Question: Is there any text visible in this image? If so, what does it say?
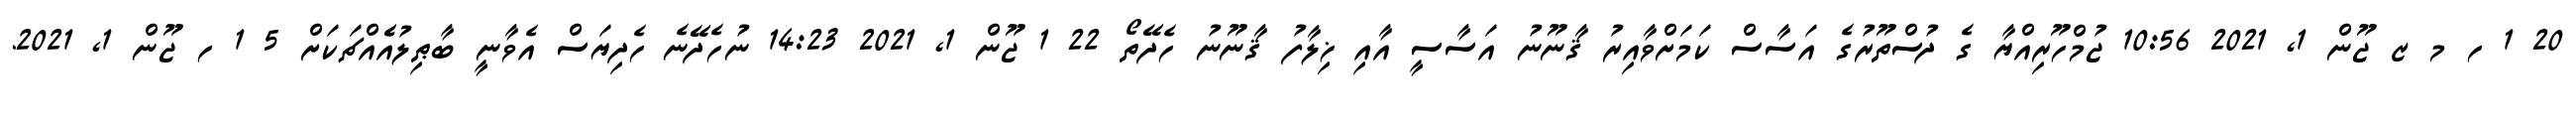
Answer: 20 1 ހ މ ޒ ޖޫން 1, 2021 10:56 ޖުމްހޫރިއްޔާ ގެ ދުސްތޫރުގެ އަސާސް ކަމަށްވާއިރު ޤާނޫނު އަސާސީ އާއި ޚިލާފު ޤާނޫނު ހެދޭތޯ 22 1 ޖޫން 1, 2021 14:23 ނުހެދޭނެ ހެދިޔަސް އެވާނީ ބާޠިލުއެެއްޗަކަށް 5 1 ހ ޖޫން 1, 2021.